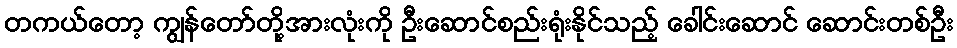
တကယ်တော့ ကျွန်တော်တို့အားလုံးကို ဦးဆောင်စည်းရုံးနိုင်သည့် ခေါင်းဆောင် ဆောင်းတစ်ဦး